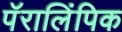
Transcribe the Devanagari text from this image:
पॅरालिंपिक